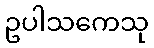
ဥပါသကေသု